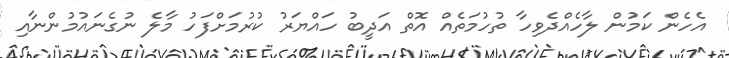
އެހެން ކަމުން ލާހެއްދެވިހާ ތުހުމަތެއް އޮތް އަދީބު ހައްޔަރު ކުރުމަށްފަހު މާލެ ނުގެނައުމުންނާއި